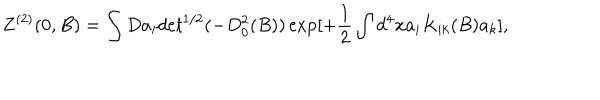
Z ^ { ( 2 ) } ( 0 , B ) = \int D a _ { i } d e t ^ { 1 / 2 } ( - D _ { 0 } ^ { 2 } ( B ) ) \exp [ + \frac { 1 } { 2 } \int d ^ { 4 } x a _ { i } K _ { i k } ( B ) a _ { k } ] ,